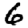
Digit: 6